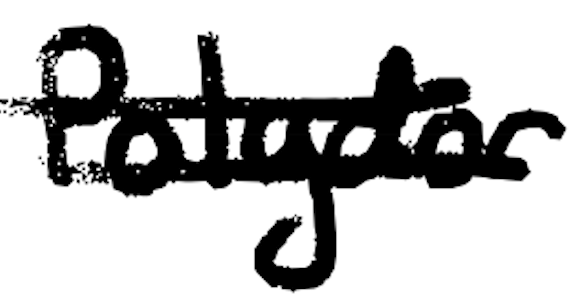
Text: Polydor
Cross-out: mix
Writing tool: digital_black